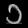
Digit: ၁